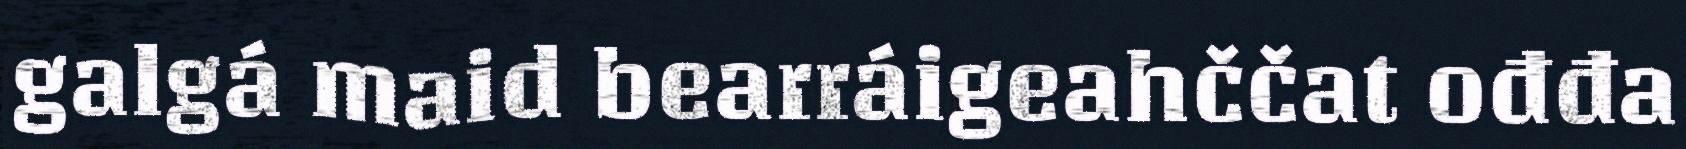
galgá maid bearráigeahččat ođđa